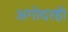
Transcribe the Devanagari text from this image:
अगोदरही